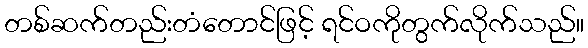
တစ်ဆက်တည်းတံတောင်ဖြင့် ရင်ဝကိုတွက်လိုက်သည်။